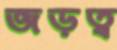
জড়ত্ব